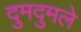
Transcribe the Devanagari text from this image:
दुमदुमले